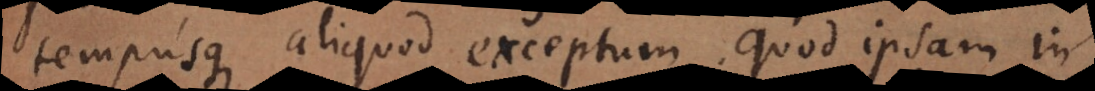
tempusque aliquod exceptum quod ipsam in